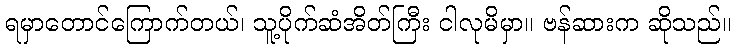
ရမှာတောင်ကြောက်တယ်၊ သူ့ပိုက်ဆံအိတ်ကြီး ငါလုမိမှာ။ ဗန်ဆားက ဆိုသည်။